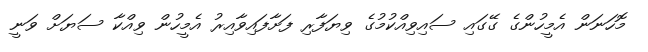
މޮހަނަން އެމީހުންގެ ގޭގައި ސައިވިއްކުމުގެ ވިޔަފާރި ފަށާފައިވާއިރު އެމީހުން ވިއްކާ ސަޔަށް ވަނީ